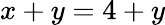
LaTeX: x+y=4+y